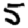
Digit: 5